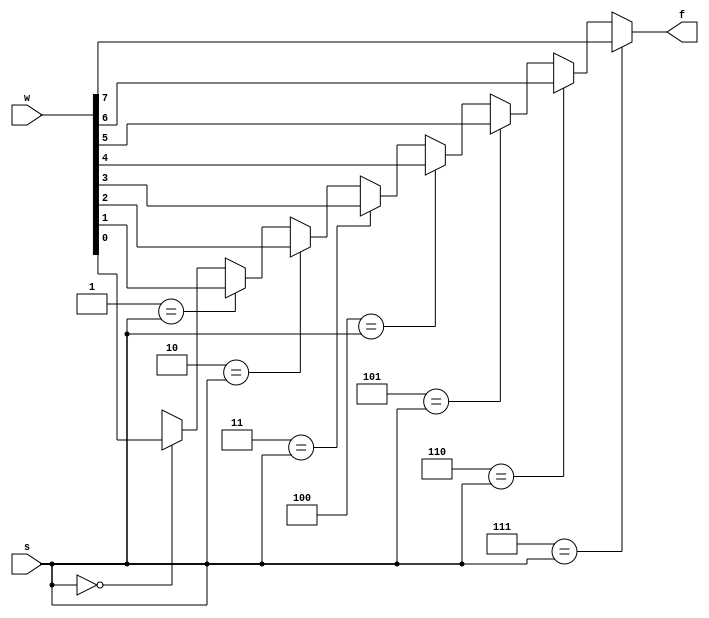
`timescale 1ns / 1ps
//////////////////////////////////////////////////////////////////////////////////
// Company: 
// Engineer: 
// 
// Design Name: 
// Module Name: mux_generic_1bit
// Project Name: 
// Target Devices: 
// Tool Versions: 
// Description: 
// 
// Dependencies: 
// 
// Revision:
// Revision 0.01 - File Created
// Additional Comments:
// 
//////////////////////////////////////////////////////////////////////////////////


module mux_generic_1bit
    #(parameter INS=8)(
     input [INS-1:0]w,
     input [$clog2(INS)-1:0]s,
     output reg f
    );
    
    integer k;
    
    
    always @(w,s)
    begin
        f = 'bx;
        for(k=0;k < INS;k=k+1)
            if(k==s)
               f = w[k];
    end           
    
    
    
    
    
endmodule